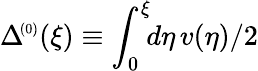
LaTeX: \Delta\! ^{{\scriptscriptstyle(0)}}(\xi)\equiv\int_{0}^{\xi}\! \! d\eta\, v(\eta)/2